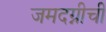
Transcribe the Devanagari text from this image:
जमदग्नीची